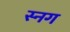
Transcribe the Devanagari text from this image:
स्नग